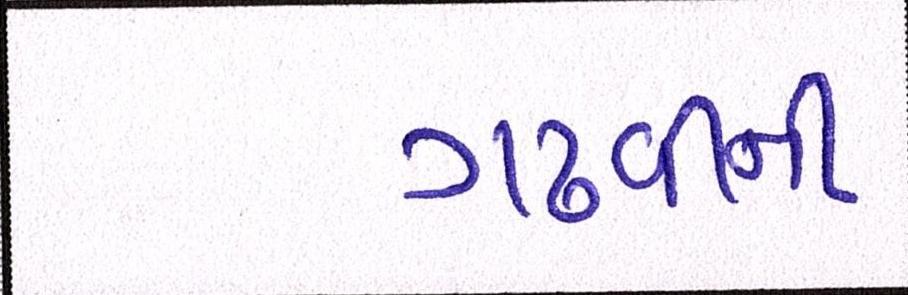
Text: ગઢવીની